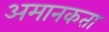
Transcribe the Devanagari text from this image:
अमानकता